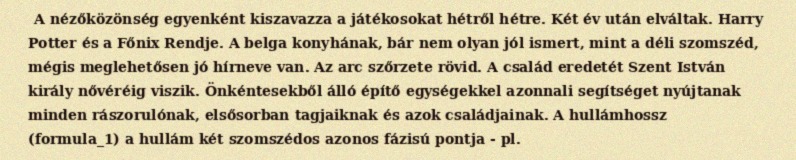
A nézőközönség egyenként kiszavazza a játékosokat hétről hétre. Két év után elváltak. Harry Potter és a Főnix Rendje. A belga konyhának, bár nem olyan jól ismert, mint a déli szomszéd, mégis meglehetősen jó hírneve van. Az arc szőrzete rövid. A család eredetét Szent István király nővéréig viszik. Önkéntesekből álló építő egységekkel azonnali segítséget nyújtanak minden rászorulónak, elsősorban tagjaiknak és azok családjainak. A hullámhossz (formula_1) a hullám két szomszédos azonos fázisú pontja - pl.